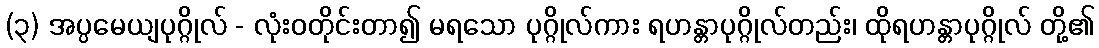
(၃) အပ္ပမေယျပုဂ္ဂိုလ် - လုံးဝတိုင်းတာ၍ မရသော ပုဂ္ဂိုလ်ကား ရဟန္တာပုဂ္ဂိုလ်တည်း၊ ထိုရဟန္တာပုဂ္ဂိုလ် တို့၏